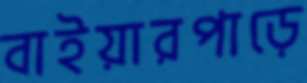
বাইয়ারপাড়ে